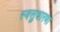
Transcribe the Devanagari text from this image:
स्वसुधारणा